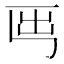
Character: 𡴈